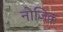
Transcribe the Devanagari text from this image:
नोज़िक्क